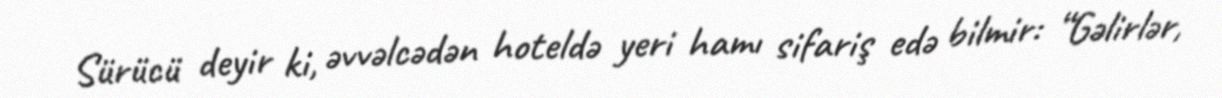
Sürücü deyir ki, əvvəlcədən hoteldə yeri hamı sifariş edə bilmir: “Gəlirlər,